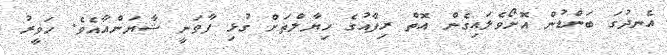
އެނދުގަ ބަންޑުން އޮށޯވެލައިގެން އޮތް ރިފާއުގެ ހިޔާލްތަށް ގުޅި ފާވަނީ ޝާޔަންއާއެވެ. ހަވީރު